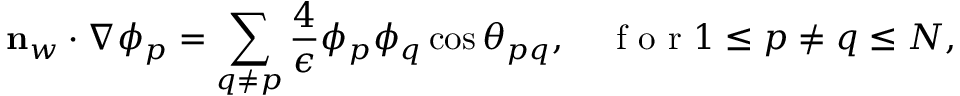
\mathbf { n } _ { w } \cdot \nabla \phi _ { p } = \sum _ { q \neq p } \frac { 4 } { \epsilon } \phi _ { p } \phi _ { q } \cos \theta _ { p q } , \quad \mathrm { ~ f ~ o ~ r ~ } 1 \leq p \neq q \leq N ,